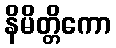
နိမိတ္တိကော